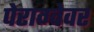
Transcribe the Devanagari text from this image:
पेराग्वेवर